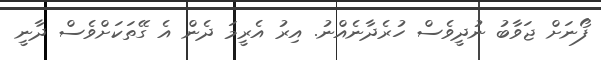
ފޯނަށް ޖަވާބު ނުދީވެސް ހުރެދާނެއްނު. އިރު އެރީމަ ދެން އެ ގޭތަކަށްވެސް ދާނީ